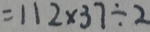
= 1 1 2 \times 3 7 \div 2